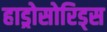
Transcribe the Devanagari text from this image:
हाड्रोसोरिड्स